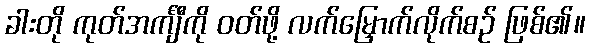
ခါးတို ကုတ်အင်္ကျီကို ဝတ်ဖို့ လက်မြှောက်လိုက်စဉ် ဖြစ်၏။